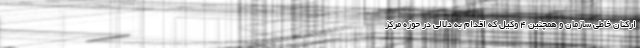
ارکنان خاطی سازمان و همچنین ۴ وکیل که اقدام به دلالی در حوزه مرکز